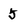
Character: 5